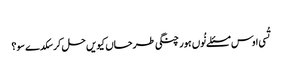
‏
تُسی اوس مسئلے نُوں ہور چنگی طرحاں کیویں حل کر سکدے سو؟